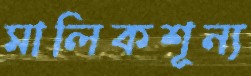
মালিকশূন্য